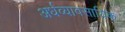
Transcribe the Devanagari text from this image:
अर्धव्यावसायिक